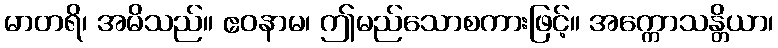
မာတရိ၊ အမိသည်။ ဧဝနာမ၊ ဤမည်သောစကားဖြင့်။ အက္ကောသန္တိယာ၊